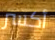
أكسر